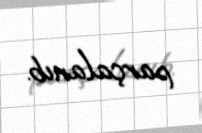
parçalanıb.